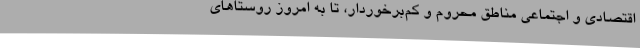
اقتصادی و اجتماعی مناطق محروم و کم‌برخوردار، تا به امروز روستاهای